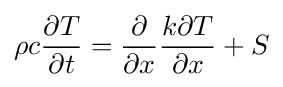
\rho c{\frac {\partial T}{\partial t}}={\frac {\partial }{\partial x}}{\frac {k\partial T}{\partial x}}+S